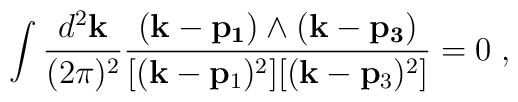
\int \frac{d^2{\bf k}}{(2\pi)^2} \frac{({\bf k-p_1}) \wedge ({\bf k-p_3})}{[({\bf k}-{\bf p}_1)^2 ] [({\bf k}-{\bf p}_3)^2] }=0 \; ,